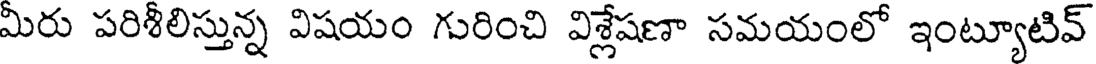
మీరు పరిశీలిస్తున్న విషయం గురించి విశ్లేషణా సమయంలో ఇంట్యూటివ్